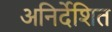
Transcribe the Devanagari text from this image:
अनिर्देशित